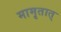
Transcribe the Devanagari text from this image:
मामृतात्